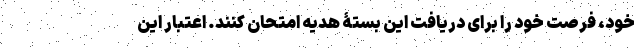
خود، فرصت خود را برای دریافت این بستۀ هدیه امتحان کنند. اعتبار این